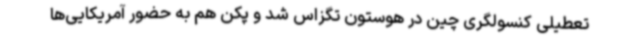
تعطیلی کنسولگری چین در هوستون تگزاس شد و پکن هم به حضور آمریکایی‌ها